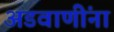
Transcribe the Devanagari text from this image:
अडवाणींना